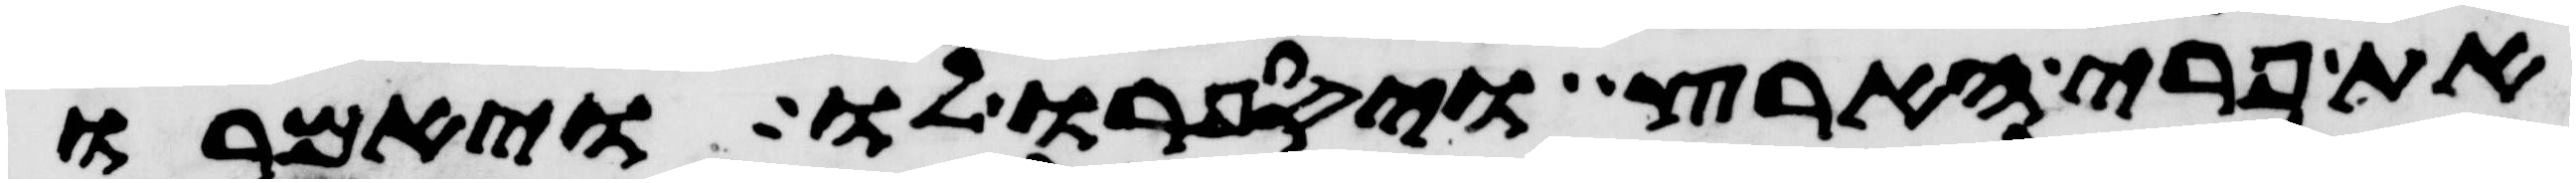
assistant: את פרי הארץ ויספרו לו ויאמרו